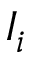
I _ { i }